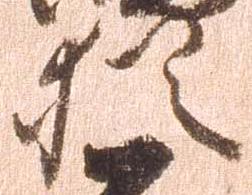
猶